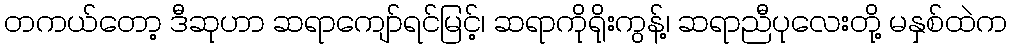
တကယ်တော့ ဒီဆုဟာ ဆရာကျော်ရင်မြင့်၊ ဆရာကိုရိုးကွန့်၊ ဆရာညီပုလေးတို့ မနှစ်ထဲက